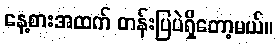
နေ့စားအထက် တန်းပြပဲရှိတော့မယ်။